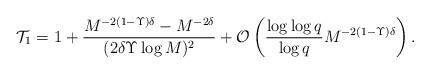
LaTeX: \begin{align*} \mathcal{T}_1 = 1 + \frac{M^{-2(1-\Upsilon)\delta}-M^{-2\delta}}{(2\delta\Upsilon\log M)^2} + \mathcal{O}\left( \frac{\log\log q}{\log q} M^{-2(1-\Upsilon)\delta} \right). \end{align*}